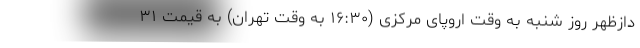
دازظهر روز شنبه به وقت اروپای مرکزی (۱۶:۳۰ به وقت تهران) به قیمت ۳۱